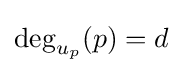
\deg _{u_{p}}(p)=d